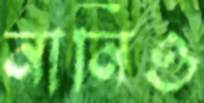
নানিও